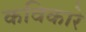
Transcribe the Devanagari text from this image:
कविकारे